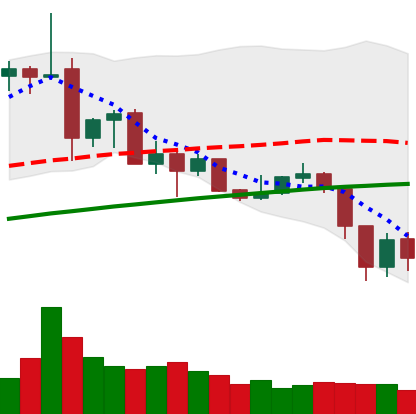
Ticker: ADA-USD
Chart end date: 2019-07-13
Forward return: -11.978%
Label: down_7plus